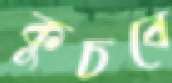
কুচবে